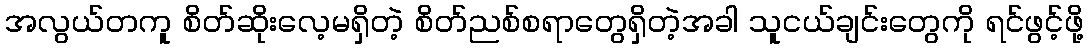
အလွယ်တကူ စိတ်ဆိုးလေ့မရှိတဲ့ စိတ်ညစ်စရာတွေရှိတဲ့အခါ သူငယ်ချင်းတွေကို ရင်ဖွင့်ဖို့